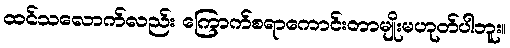
ထင်သလောက်လည်း ကြောက်စရာကောင်းတာမျိုးမဟုတ်ပါဘူး။